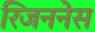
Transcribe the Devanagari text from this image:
रिजननेस